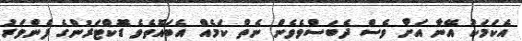
އެކަމަކު އޭނާ އަށް ވެސް ދެބަސްވެވެން ނެތް ކަމެއް އެބައޮތެވެ ޑޮކްޓަރުންގެ ފެންވަރު